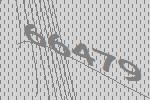
66479